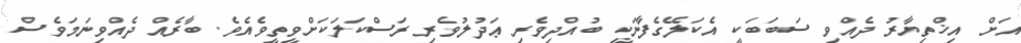
އަށް އިޚްތިޔާރު ދެއްވި ސަބަބަކީ އެކަލޭގެފާނަކީ ބުއްދިވެރި ޢަދުލުވެރި ރަސްކަލަކަށްވީތީވެއެވެ. ބާރެއް ދެއްވިނަމަވެސް